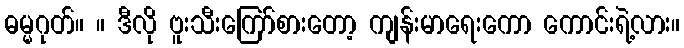
ဓမ္မဂုတ်။ ။ ဒီလို ဗူးသီးကြော်စားတော့ ကျန်းမာရေးကော ကောင်းရဲ့လား။